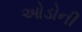
ઓડોની